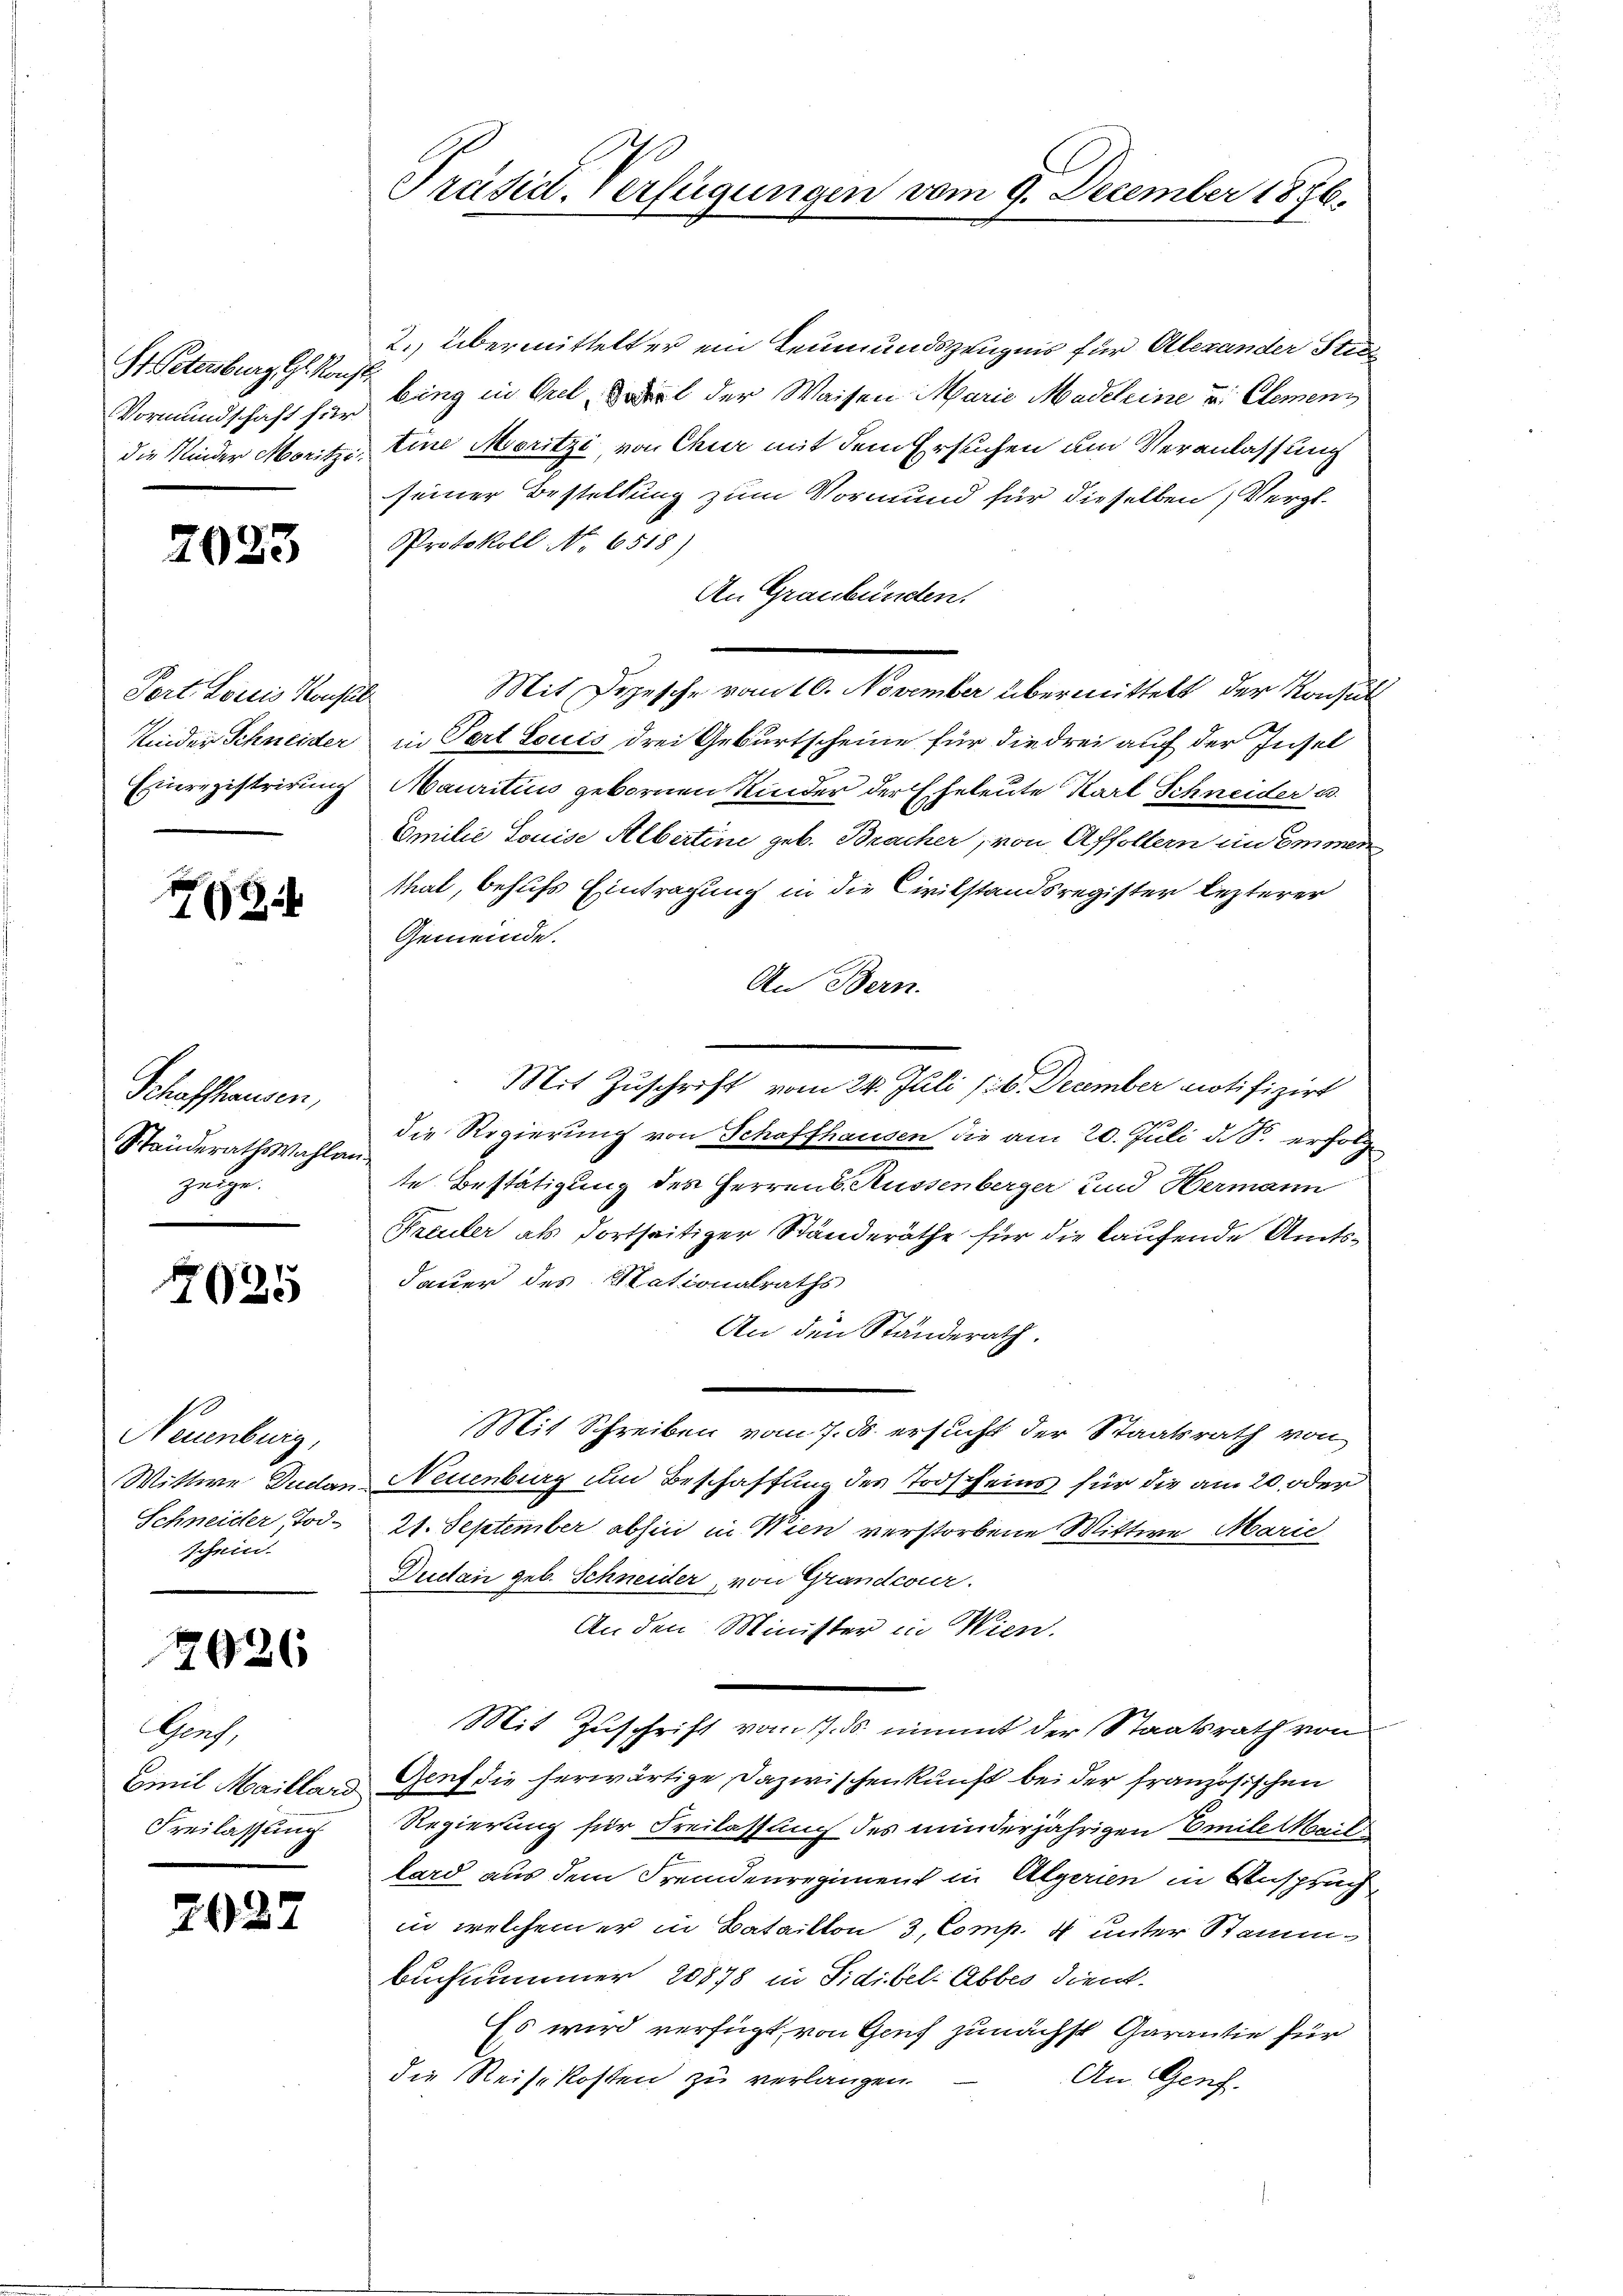
Vormundschaft für

2023

Port. Lorcis Konsul

73

Schaffhausen,
Standerathswahlen.
gelge

7025

10
Neuenburg,
schein.

1926

Graf.
Freilassung

70

2. übermittelter ein Leumundszeugnis für Alexander Stie
I. Petenburg gekling in Grel, Bart der Waisen Marie Madeleine und Clemenz
die Nieder Moritze Eine Moritzi, von Chur mit dem Ersuchen um Veranlassung
seiner Bestellung zum Vormund für dieselben Vergl.
Protokoll No 6518)
An Graubünden.
Mit Depesche vom 16. November übermittelt der Konsult
Kinder Schneider in Part Louis drei Geburtscheine für die drei auf der Insel
Einregistrirung Mauritius gebornen Kinder der Eheleute Karl Schneider u.
Emilie Louise Albertine geb. Bracher, von Affoltern ein Immen
Mal, behufs Eintragung in die Civilstandsregister lezterer
Gemeinde.
An Bern.
Mit Zuschrift vom 24. Juli 16. December notifizirt
die Regierung von Schaffhausen die am 20. Juli d. S. erfolg
te Bestätigung des Herrens Küssenberger und Hermann
Freuler als dortseitiger Ständeräthe für die kaufende Amts¬
Jauer des Nationalraths
An den Ständerath.
Mit Schreiben vom 7. ds. ersucht der Staatsrath von
Wittwe Duden Neuenburg um Beschaffung des Todscheins für die am 20 oder
Schneider, Tod. 21. September abhin in Wien verstorbene Wittwe Marie
Ductan geb. Schneider, von Grandcour.
An den Minister in Wien.
Mit Zuschrift vom 7. ds. nimmt der Staatsrath von
Emil Mailland Genf die herwärtige Dazwischenkunft bei der französischen
Regierung für Freilassung des minderjährigen Emile Mail
lard aus dem Fremdenregiment in Algerien in Anspruch
in welchem er in Bataillon 3, Comp. 4 unter Stamm¬
Bucknummer 20878 in Fidibel-Abbes dient.
Es wird verfügt, von Genf zunächst Garantie für
die Reisekosten zu verlangen.
An Genf.

Präsidl-Verfügungen vom 9. December 1876.